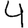
Digit: 4